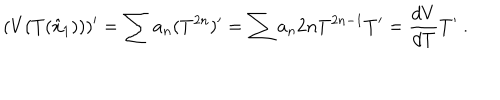
( V ( T ( \hat { x } _ { 1 } ) ) ) ^ { \prime } = \sum a _ { n } ( T ^ { 2 n } ) ^ { \prime } = \sum a _ { n } 2 n T ^ { 2 n - 1 } T ^ { \prime } = \frac { d V } { d T } T ^ { \prime } \ .